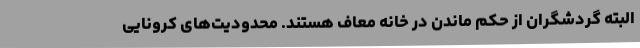
البته گردشگران از حکم ماندن در خانه معاف هستند. محدودیت‌های کرونایی